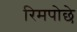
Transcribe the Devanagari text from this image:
रिमपोछे